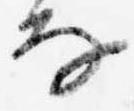
な